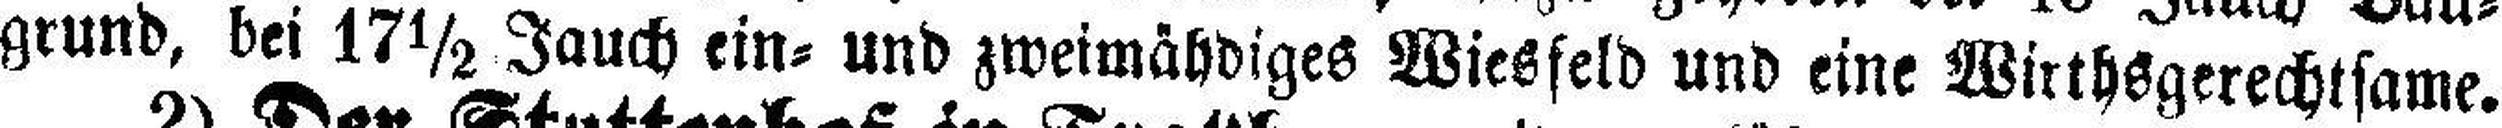
grund, bei 17½ Jauch ein= und zweimähdiges Wiesfeld und eine Wirthsgerechtsame.